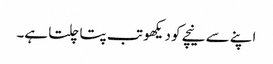
اپنے سے نیچے کو دیکھو تب پتا چلتا ہے۔